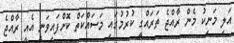
އަލި މަނިކު މެން ރާއްޖެ ތަރައްގީ ކުރުމުގައި މަސައްކަތް ކޮށްފައިވަނީ އެއީ ރާއްޖެ